Piroplasma canis and its life cycle in the tick - Number 29
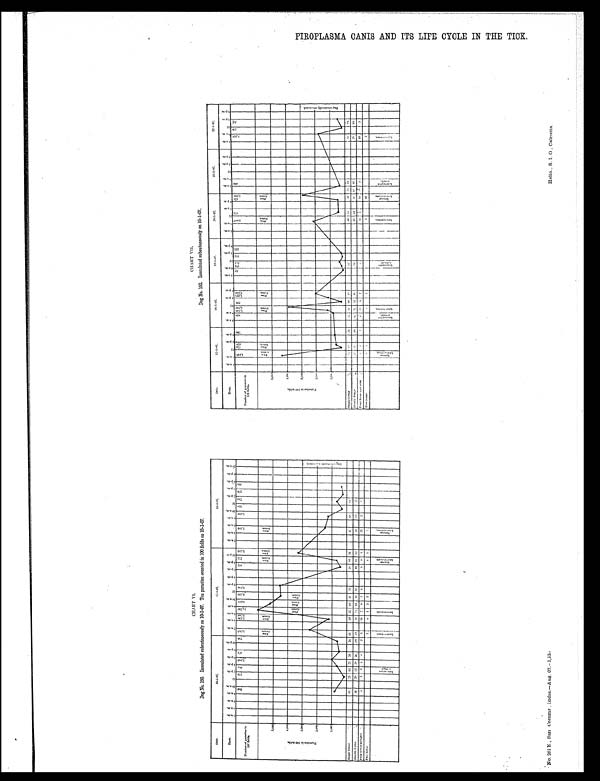
PIROPLASMA CANIS AND ITS LIFE CYCLE IN THE TICK
CHART VII
D o g N o . 1 5 2 . I n o c u l a t e d s u b c u t a n e o u s l y o n 1 0 - 1 - 0 7 .
CHARE VI
D o g N o . 1 5 0 . I n o c u l a t e d s u b c u t a n e o u s l y o n 1 0 - 1 - 0 7 . T e n p a r a s i t e s c o u n t e d i n 1 0 0 f i e l d s o n 1 5 - 1 - 0 7 .
N o . 2 6 1 . E . , S a n C o m m r . I n d i a — — A u g . 0 7 . — 1 . 1 3 0
Helio., S. I. O., Calcutta.